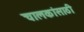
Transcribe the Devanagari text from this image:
चालकांसाठी